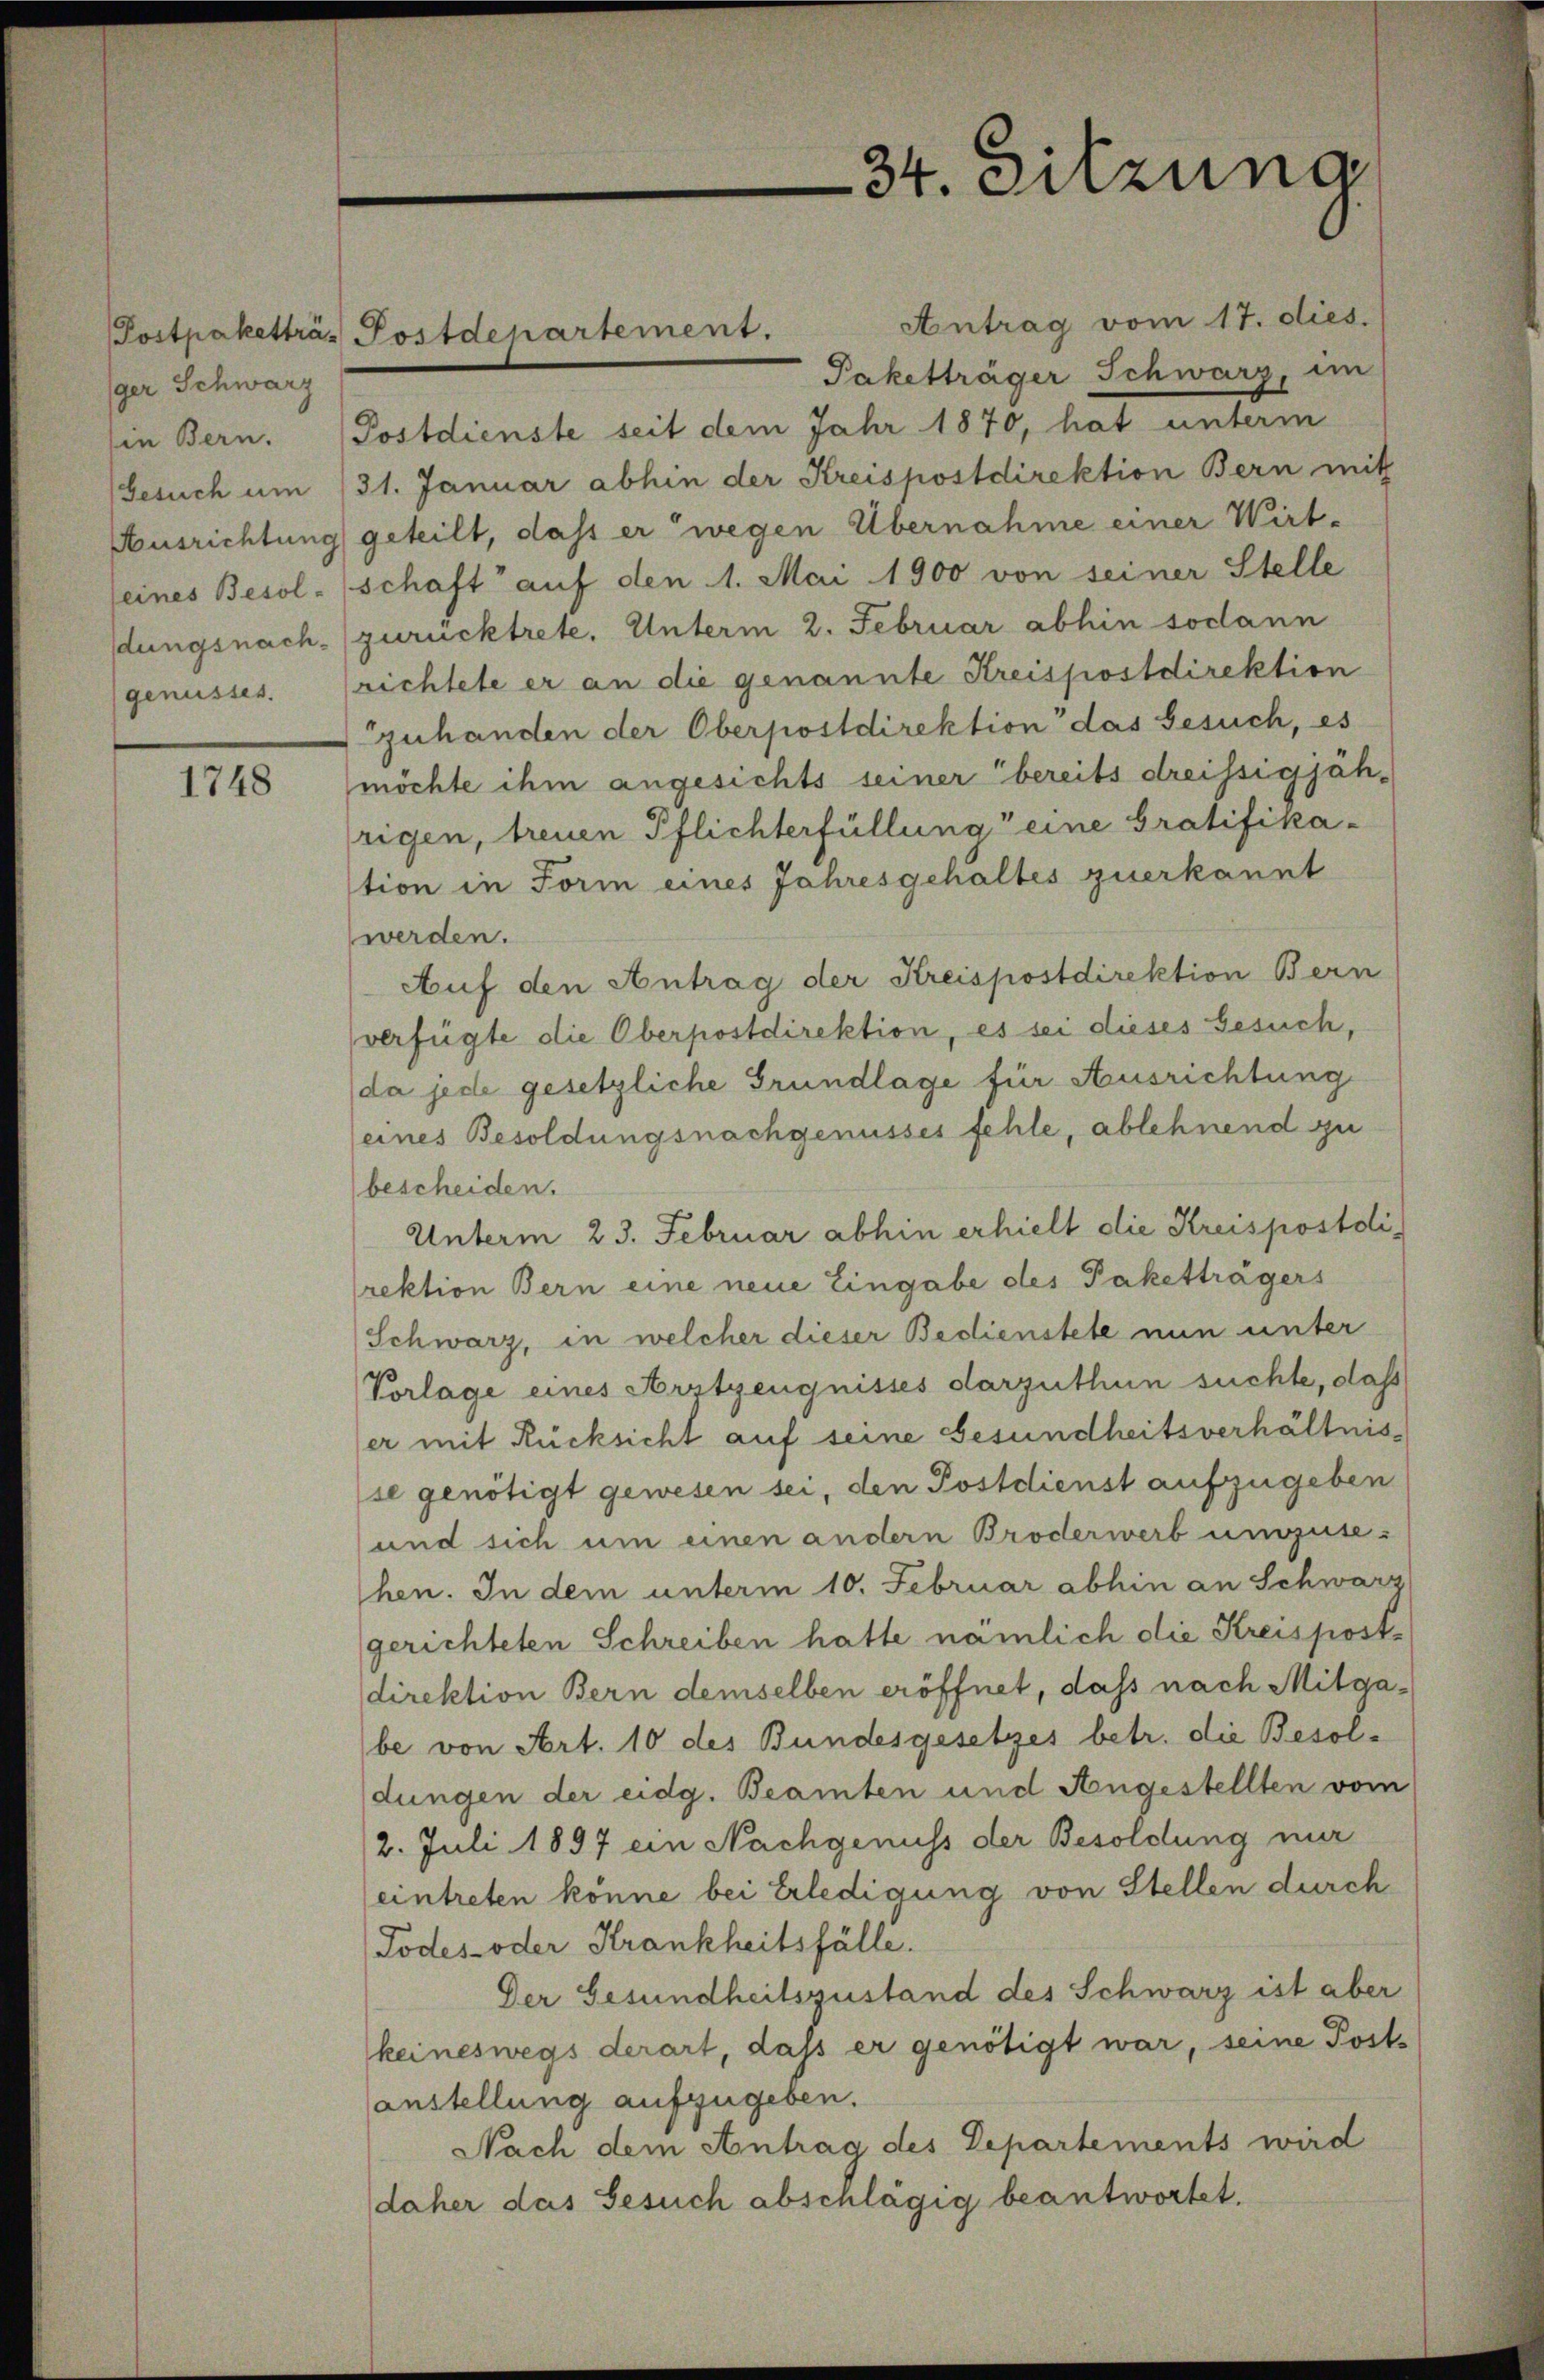
Postpaketträ-
ger Schwarz
Ausrichtung
seines Besoldungsnach¬

1748

Antrag vom 17. dies.
Paketträger Schwarz, im
in Bern. Postdienste seit dem Jahr 1870, hat unterm
Gesuch um 31. Januar abhin der Kreispostdirektion Bern mit
geteilt, dass er wegen Übernahme einer Wirt-
schaft auf den 1. Mai 1900 von seiner Stelle
zurücktrete. Unterm 2. Februar abhin sodann
genusses. (richtete er an die genannte Kreispostdirektion
zuhanden der Oberpostdirektion das Gesuch, es
möchte ihm angesichts seiner bereits dreissigjährigen, treuen Pflichterfüllung eine Gratifikation in Form eines Jahresgehaltes zuerkannt
werden.
Auf den Antrag der Kreispostdirektion Bern
verfügte die Oberpostdirektion, es sei dieses Gesuch,
da jede gesetzliche Grundlage für Ausrichtung
eines Besoldungsnachgenusses fehle, ablehnend zu
bescheiden.
Unterm 23. Februar abhin erhielt die Kreispostdirektion Bern eine neue Eingabe des Paketträgers
Schwarz, in welcher dieser Bedienstete nun unter
Vorlage eines Arztzeugnisses darzuthun suchte, daß
er mit Rücksicht auf seine Gesundheitsverhältniss
se genötigt gewesen sei, den Postdienst aufzugeben
und sich um einen andern Broderwerb umzusehen. In dem unterm 10. Februar abhin an Schwarz
gerichteten Schreiben hatte nämlich die Kreispostdirektion Bern demselben eröffnet, dass nach Mitgabe von Art. 10 des Bundesgesetzes betr. die Besoldungen der eidg. Beamten und Angestellten vom
/2. Juli 1897 ein Nachgenuss der Besoldung nur
eintreten könne bei Erledigung von Stellen durch
Todes- oder Krankheitsfälle.
Der Gesundheitszustand des Schwarz ist aber
keineswegs derart, dass er genötigt war, seine Post-
anstellung aufzugeben.
Nach dem Antrag des Departements wird
daher das Gesuch abschlägig beantwortet.

Postdepartement.

34. Sitzung